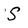
Character: S